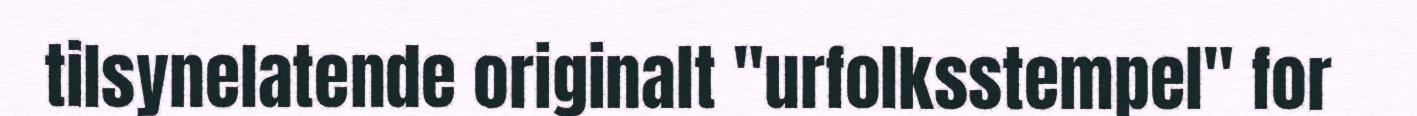
tilsynelatende originalt "urfolksstempel" for